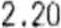
2.20